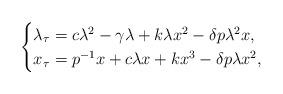
LaTeX: \begin{align*}\begin{cases}\lambda_{\tau}=c\lambda^{2}-\gamma \lambda+k\lambda x^{2}-\delta p\lambda^{2}x,\\x_{\tau}=p^{-1}x+c\lambda x+kx^{3}-\delta p\lambda x^{2},\end{cases}\end{align*}